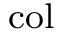
_ \mathrm { c o l }